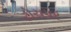
ટોચપર